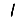
Digit: 1